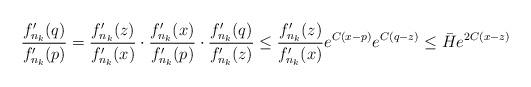
LaTeX: \begin{align*}\frac{f_{n_k}'(q)}{f_{n_k}'(p)} &= \frac{f_{n_k}'(z)}{f_{n_k}'(x)}\cdot\frac{f_{n_k}'(x)}{f_{n_k}'(p)}\cdot\frac{f_{n_k}'(q)}{f_{n_k}'(z)}\le \frac{f_{n_k}'(z)}{f_{n_k}'(x)} e^{C(x-p)}e^{C(q-z)}\le \bar{H}e^{2C(x-z)}\end{align*}